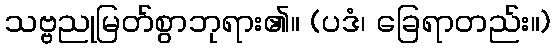
သဗ္ဗညုမြတ်စွာဘုရား၏။ (ပဒံ၊ ခြေရာတည်း။)